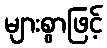
များစွာဖြင့်